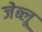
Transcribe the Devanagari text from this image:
जेब्‍लू